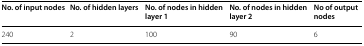
| No. of input nodes | No. of hidden layers | No. of nodes in hidden layer 1 | No. of nodes in hidden layer 2 | No of output nodes |
 | --- | --- | --- | --- | --- |
 | 240 | 2 | 100 | 90 | 6 |